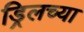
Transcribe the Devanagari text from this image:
ड्रिलच्या